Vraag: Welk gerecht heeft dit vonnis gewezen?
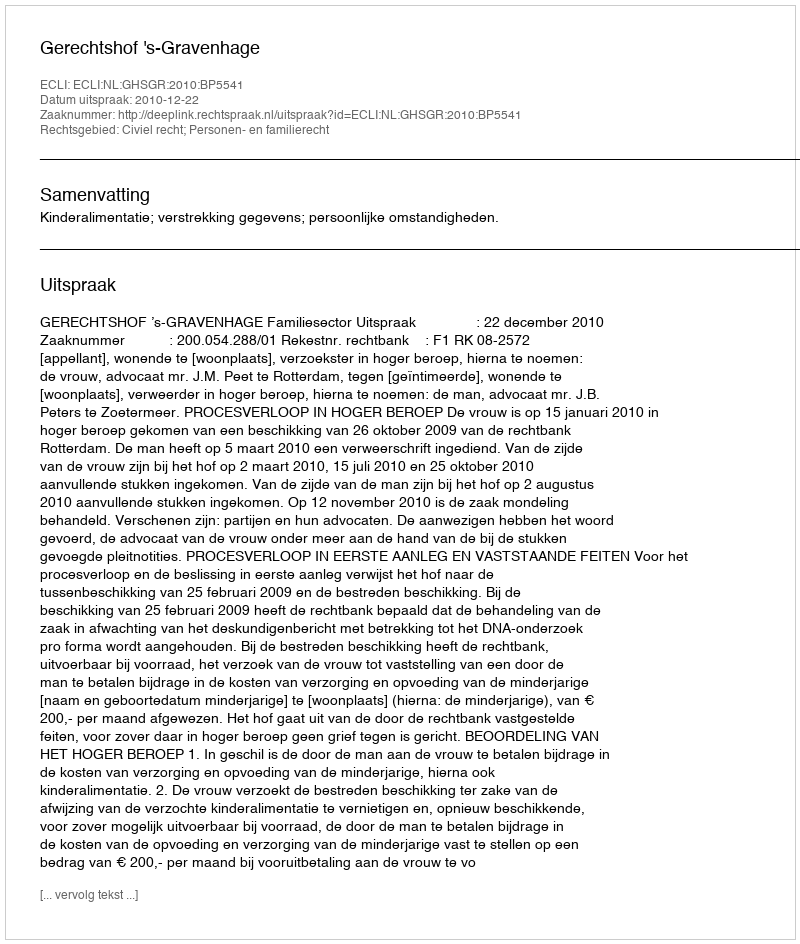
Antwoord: Gerechtshof 's-Gravenhage